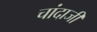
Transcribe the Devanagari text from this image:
चांदाजी